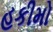
હકીમો